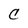
Character: C